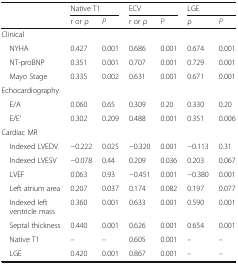
| <ROWSPAN=2>  | <COLSPAN=2> Native T1 | <COLSPAN=2> ECV | <COLSPAN=2> LGE |
 | r or ρ | P | r or ρ | P | ρ | P |
 | --- | --- | --- | --- | --- | --- | --- |
 | <COLSPAN=7> Clinical |
 | NYHA | 0.427 | 0.001 | 0.686 | 0.001 | 0.674 | 0.001 |
 | NT-proBNP | 0.351 | 0.001 | 0.707 | 0.001 | 0.729 | 0.001 |
 | Mayo Stage | 0.335 | 0.002 | 0.631 | 0.001 | 0.671 | 0.001 |
 | <COLSPAN=7> Echocardiography |
 | E/A | 0.060 | 0.65 | 0.309 | 0.20 | 0.330 | 0.20 |
 | E/E’ | 0.302 | 0.209 | 0.488 | 0.001 | 0.351 | 0.006 |
 | <COLSPAN=7> Cardiac MR |
 | Indexed LVEDV | −0.222 | 0.025 | −0.320 | 0.001 | −0.113 | 0.31 |
 | Indexed LVESV | −0.078 | 0.44 | 0.209 | 0.036 | 0.203 | 0.067 |
 | LVEF | 0.063 | 0.93 | −0.451 | 0.001 | −0.380 | 0.001 |
 | Left atrium area | 0.207 | 0.037 | 0.174 | 0.082 | 0.197 | 0.077 |
 | Indexed left ventricle mass | 0.360 | 0.001 | 0.633 | 0.001 | 0.590 | 0.001 |
 | Septal thickness | 0.440 | 0.001 | 0.626 | 0.001 | 0.654 | 0.001 |
 | Native T1 | – | – | 0.605 | 0.001 | – | – |
 | LGE | 0.420 | 0.001 | 0.867 | 0.001 | – | – |